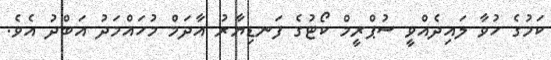
ކަމުގެ ހުވާ ލައިދެއްވީ ސުޕްރީމް ކޯޓުގެ ފަނޑިޔާރު އާދަމް މުހައްމަދު އަބްދު އެވެ.